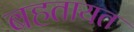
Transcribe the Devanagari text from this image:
बहतायत